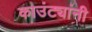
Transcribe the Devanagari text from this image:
काउंट्यांनी